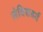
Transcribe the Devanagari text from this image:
लेविसबर्ग